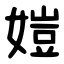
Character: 㜐